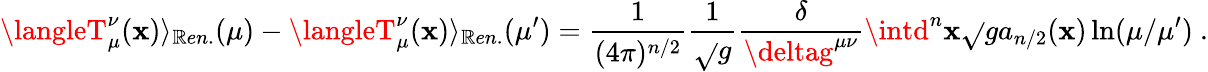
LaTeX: \langleT_{\mu}^{\nu}(\mathbf{x})\rangle_{\mathbb{R}en.}(\mu)-\langleT_{\mu}^{\nu}(\mathbf{x})\rangle_{\mathbb{R}en.}(\mu^{\prime})=\frac{1}{{(4\pi)^{n/2}}}\frac{1}{{\sqrt{}{{g}}}}\frac{\delta}{{\deltag^{\mu\nu}}}\intd^{n}\mathbf{x}\sqrt{}{{g}}a_{n/2}(\mathbf{x})\ln(\mu/\mu^{\prime})\ .